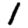
Digit: 1